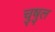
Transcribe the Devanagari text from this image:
चुषुल